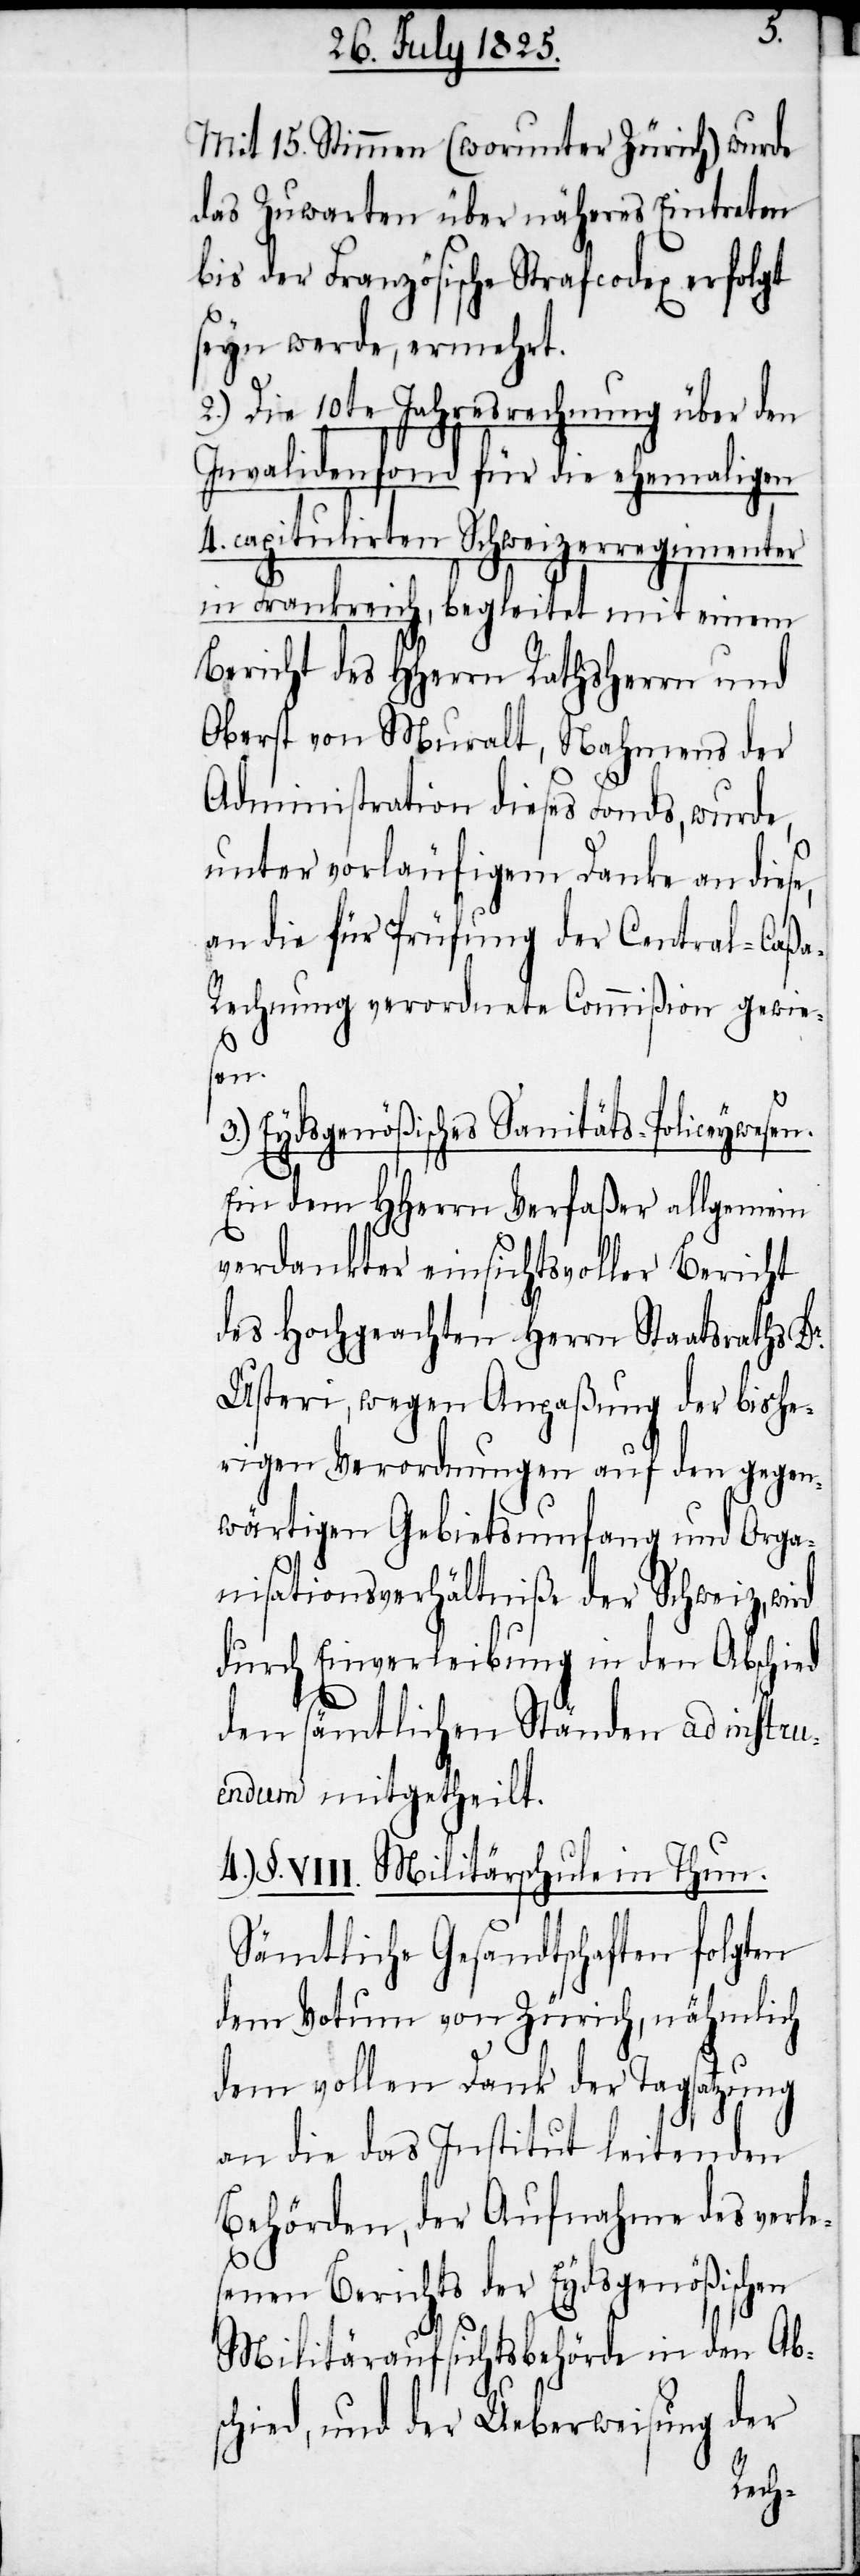
Mit 15. Stimmen (worunter Zürich) wurde
das Zuwarten über näheres Eintreten
bis der Französische Strafcodex erfolgt
seyn werde, ermehrt.
2.) Die 10te Jahresrechnung über den
Invalidenfond für die ehemaligen
4. capitulirten Schweizerregimenter
in Frankreich, begleitet mit einem
Bericht des HHerrn Rathsherrn und
Oberst von Muralt, Nahmens der
Administration dieses Fonds, wurde,
unter vorläufigem Danke an diese,
an die für Prüfung der Central-Caß¬
a-Rechnung verordnete Commission gewie¬
sen.
3.) Eydsgenößisches Sanitäts-Policeywesen.
Ein dem HHerrn Verfaßer allgemein
verdankter einsichtsvoller Bericht
des Hochgeachten Herrn Staatsraths Dr.
Usteri, wegen Anpaßung der bishe¬
rigen Verordnungen auf den gegen¬
wärtigen Gebietsumfang und Orga¬
nisationsverhältniße der Schweiz,
durch Einverleibung in den Abschied
den sämtlichen Ständen ad instru¬
endum mitgetheilt.
4.) §. VIII. Militärschule in Thun.
Sämtliche Gesandtschaften folgten
dem Votum von Zürich, nähmlich
dem vollen Dank der Tagsatzung
an die das Institut leitenden
Behörden, der Aufnahme des verle¬
senen Berichts der Eydsgenößischen
Militäraufsichtsbehörde in den Abs¬
chied, und der Ueberweisung der